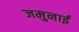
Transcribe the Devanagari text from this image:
जमुनाई